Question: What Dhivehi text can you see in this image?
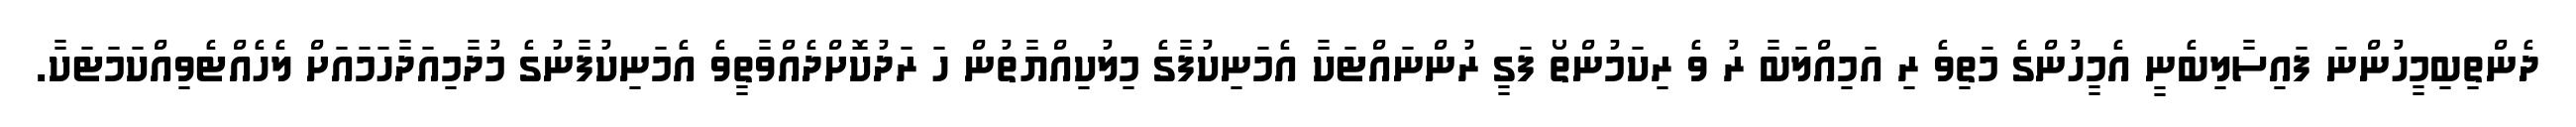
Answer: ދެންތިބިމީހުންނަ ފައިސާލިބެނީ އެމީހުންގެ މަތިވެ ރި އަމިއްލަބާ ރު ވެ ރިކަމުންތޯ ފަގީ ރުންނައްޓަކާ އެމަނިކުފާގެ މިލުކިއްޔާތުން ހަ ރަދުކޮށްދެއްވާތީވެ އެމަނިކުފާނުގެ މުދާމިއަދާހަމައަށް ލެހެއްޓެވިއްކަމަޓަކާ.